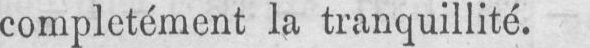
complètement la tranquillité.